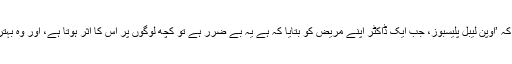
ان کا کہنا ہے کہ ’اوپن لیبل پلیسبوز، جب ایک ڈاکٹر اپنے مریض کو بتایا کہ ہے یہ بے ضرر ہے تو کچھ لوگوں پر اس کا اثر ہوتا ہے، اور وہ بہتر ہوسکتے ہیں۔